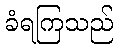
ခံရကြသည်